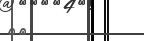
١١